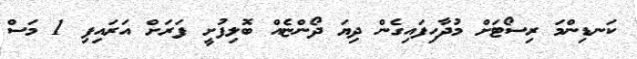
ކަނޑިންމަ ރިސޯޓަށް މުދާހިފައިގެން ދިޔަ ދޯންޏެއް ބޮލިފުށީ ފަރަށް އަރައިފި 1 މަސް